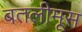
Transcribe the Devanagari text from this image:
बतलीमूस